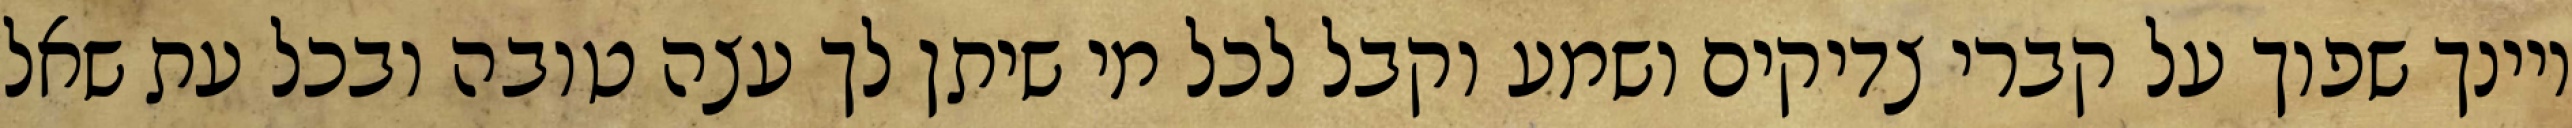
ויינך שפוך על קברי צדיקים ושמע וקבל לכל מי שיתן לך עצה טובה ובכל עת שאל